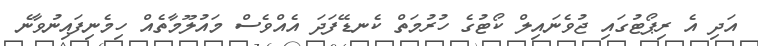
އަދި އެ ރިޕޯޓުގައި ޖުވެނައިލް ކޯޓުގެ ހުރުމަތް ކެނޑޭފަދަ އެއްވެސް މައުލޫމާތެއް ހިމެނިފައިނުވާނެ